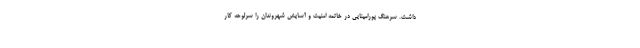
داشت. سرهنگ پورامینایی در خاتمه امنیت و آسایش شهروندان را سرلوحه کار